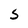
Character: S